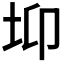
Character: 𡊁